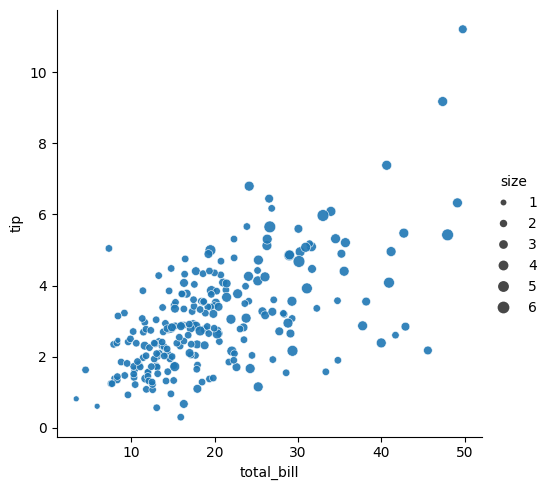
python, seaborn, relplot, alpha=0.9